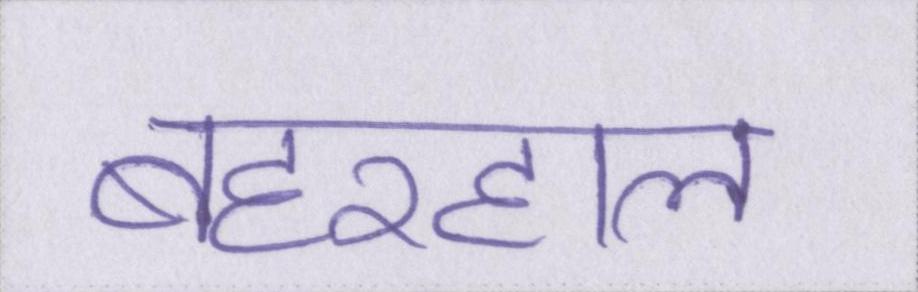
बहरहाल